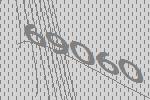
69060